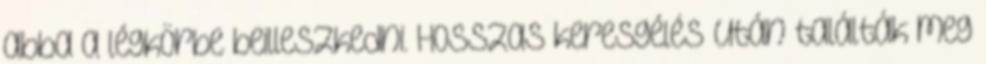
abba a légkörbe beilleszkedni. Hosszas keresgélés után találták meg